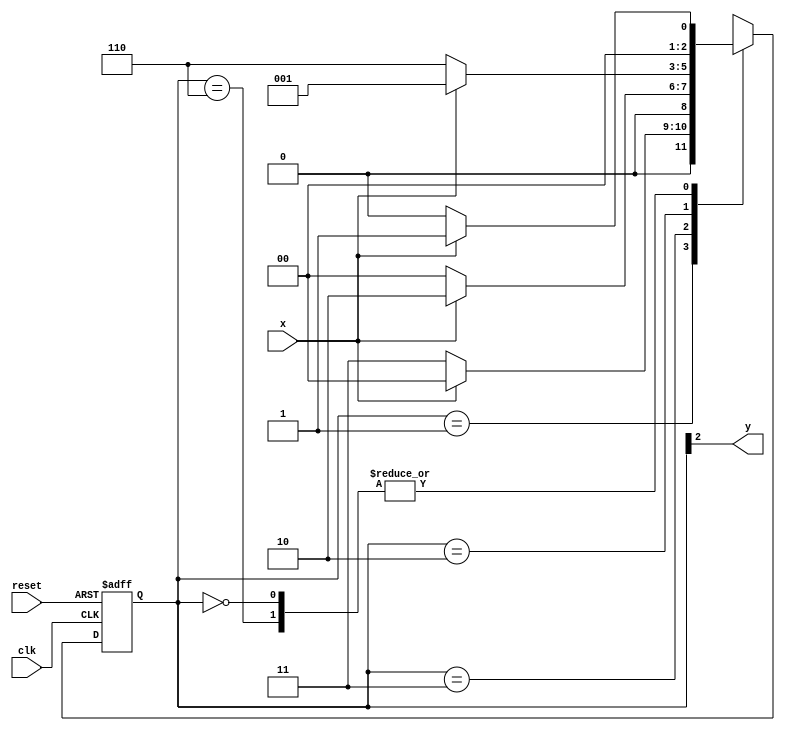
// -------------------------------------
// --- Pedro Henrique Lima Pinheiro ----
// --- 451605 --------------------------
// --- Moore FSM -----------------------
// -------------------------------------

// constant definition
`define found 1
`define notfound 0
// FSM by Moore
module Moore1010 ( y, x, clk, reset );
output y;
input x;
input clk;
input reset;
reg y;
parameter // state identifiers
start = 3'b000,
id1 = 3'b001,
id10 = 3'b011,
id101 = 3'b010,
id1010 = 3'b110; // signal found
reg [2:0] E1; // current state variables
reg [2:0] E2; // next state logic output
// next state logic
always @( x or E1 )
begin
case( E1 )
start:
if ( x )
E2 = id1;
else
E2 = start;
id1:
if ( x )
E2 = start;
else
E2 = id10;
id10:
if ( x )
E2 = id101;
else
E2 = start;
id101:
if ( x )
E2 = id1;
else
E2 = id1010;
id1010:
if ( x )
E2 = id1;
else
E2 = start;
default: // undefined statee
E2 = 3'bxxx;
endcase
end // always at signal or state changing
// state variables
always @( posedge clk or negedge reset )
begin
if ( reset )
E1 = E2; // updates current state
else
E1 = 0; // reset
end // always at signal changing
// output logic
always @( E1 )
begin
y = E1[2]; // first bit of state value (MOORE indicator)
end // always at state changing
endmodule // moore1101